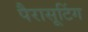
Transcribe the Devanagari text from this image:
पैरासूटिंग